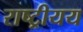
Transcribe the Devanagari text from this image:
राष्ट्रीयय